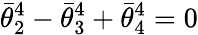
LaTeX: \bar{\theta}_{2}^{4}-\bar{\theta}_{3}^{4}+\bar{\theta}_{4}^{4}=0